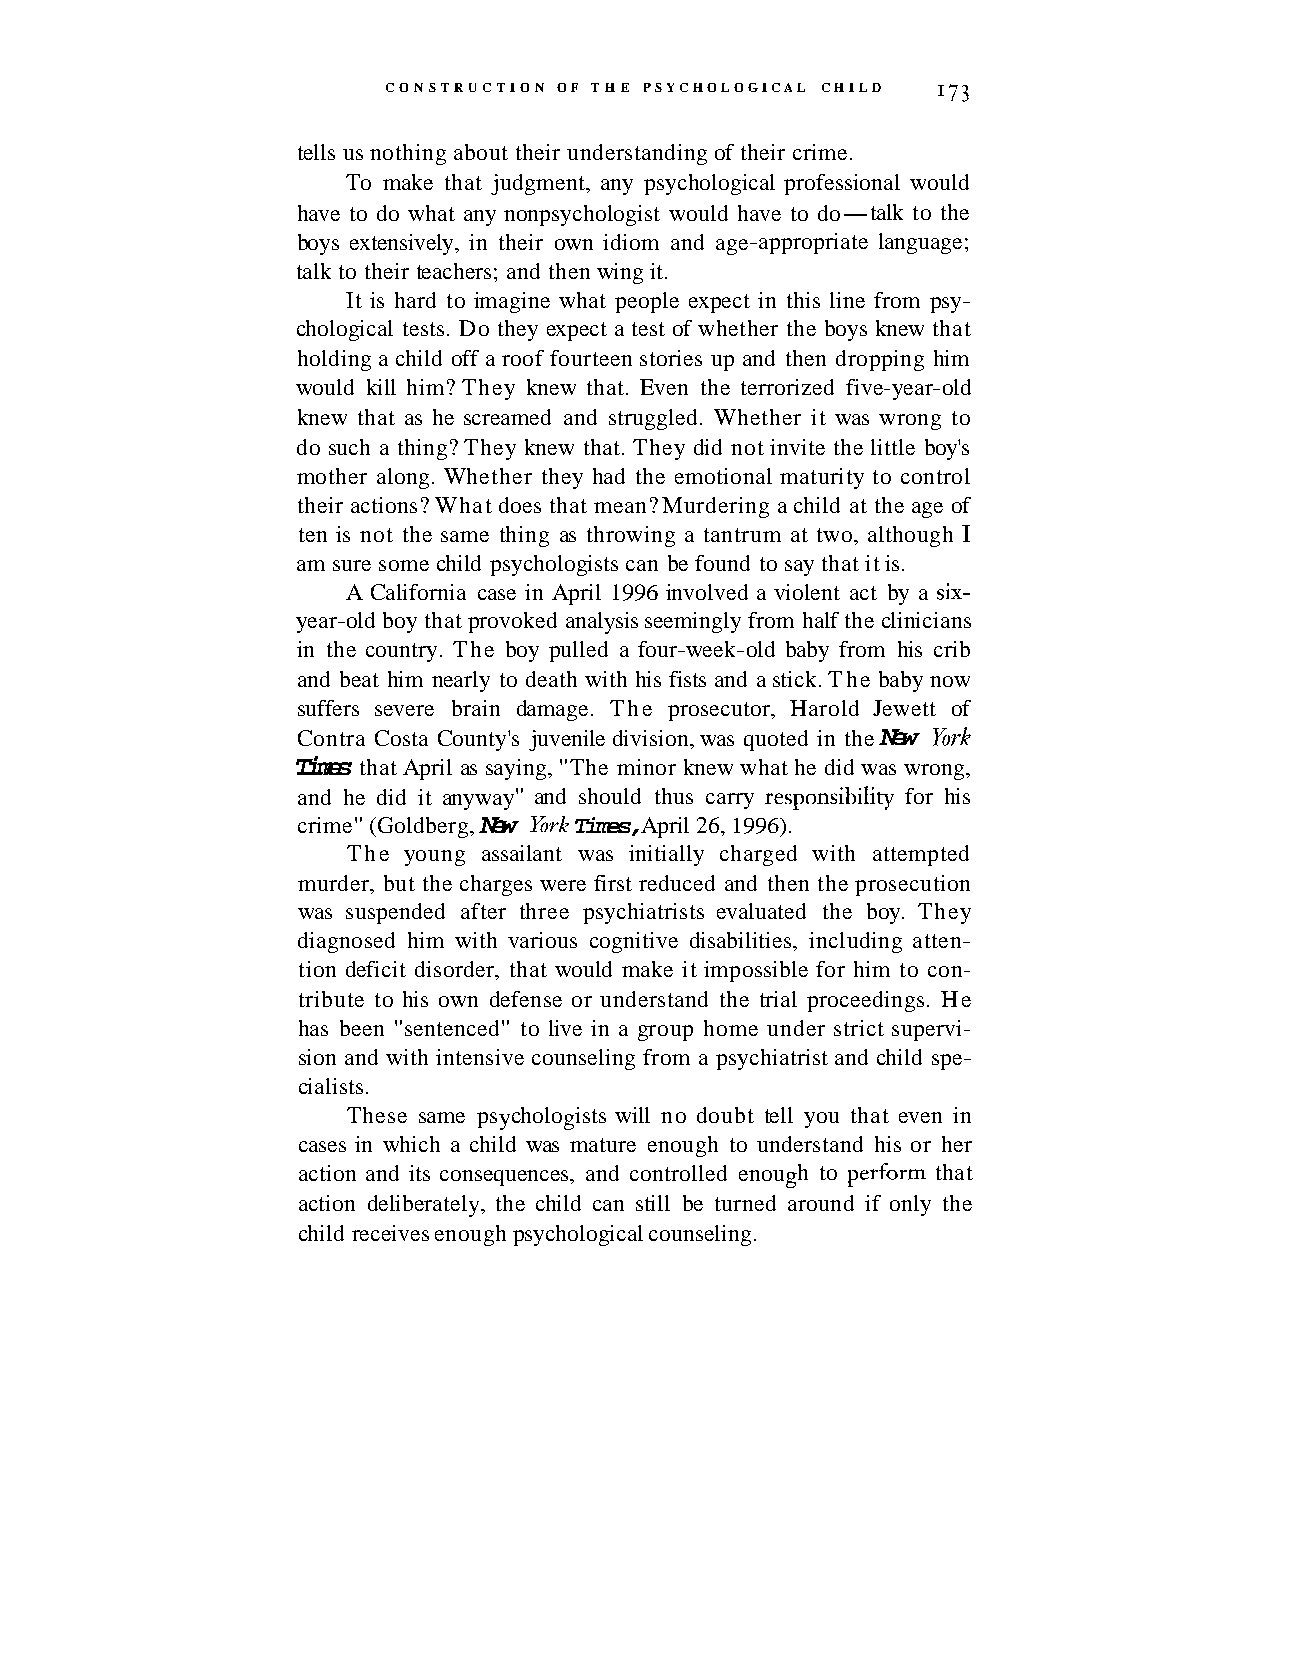
CONSTRUCTION OF THE PSYCHOLOGICAL CHILD '73
 tells us nothing about their understanding of their crime.
 To make that judgment, any psychological professional would
 have to do what any nonpsychologist would have to do-talk to the
 boys extensively, in their own idiom and age-appropriate language;
 talk to their teachers; and then wing it.
 It is hard to imagine what people expect in this line from psy-
 chological tests. Do they expect a test of whether the boys knew that
 holding a child off a roof fourteen stories up and then dropping him
 would kill him? They knew that. Even the terrorized five-year-old
 knew that as he screamed and struggled. Whether it was wrong to
 do such a thing? They knew that. They did not invite the little boy's
 mother along. Whether they had the emotional maturity to control
 their actions? What does that mean? Murdering a child at the age of
 ten is not the same thing as throwing a tantrum at two, although I
 am sure some child psychologists can be found to say that it is.
 A California case in April 1996 involved a violent act by a six-
 year-old boy that provoked analysis seemingly from half the clinicians
 in the country. The boy pulled a four-week-old baby from his crib
 and beat him nearly to death with his fists and a stick. The baby now
 suffers severe brain damage. The prosecutor, Harold Jewett of
 Contra Costa County's juvenile division, was quoted in the New York
 Times that April as saying, "The minor knew what he did was wrong,
 and he did it anyway" and should thus carry responsibility for his
 crime" (Goldberg, New York Times, April 26, 1996).
 The young assailant was initially charged with attempted
 murder, but the charges were first reduced and then the prosecution
 was suspended after three psychiatrists evaluated the boy. They
 diagnosed him with various cognitive disabilities, including atten-
 tion deficit disorder, that would make it impossible for him to con-
 tribute to his own defense or understand the trial proceedings. He
 has been "sentenced" to live in a group home under strict supervi-
 sion and with intensive counseling from a psychiatrist and child spe-
 cialists.
 These same psychologists will no doubt tell you that even in
 cases in which a child was mature enough to understand his or her
 action and its consequences, and controlled enough to ~erformth at
 action deliberately, the child can still be turned around if only the
 child receives enough psychological counseling.